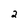
Character: 2